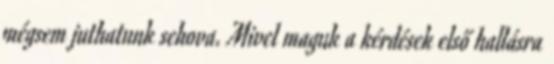
mégsem juthatunk sehova. Mivel maguk a kérdések első hallásra